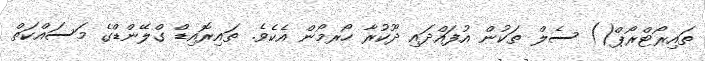
ތައިރޯޓްރޯޕް() ސެލް ތަކުން އުފައްދައި ދޫކުރާ ހޯރމޯން އެކެވެ. ތައިރޮއިޑް ގްލޭންޑްގެ މަސައްކަތް